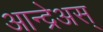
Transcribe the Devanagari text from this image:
आन्द्रेअस्